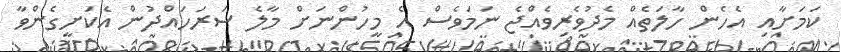
ކަމަށާއި އެހެން ހާލަތެއް މެދުވެރިވެއްޖެ ނަމަވެސް އެ މީހުންނަށް މާލެ ސަރަހައްދުން އެކަށީގެންވާ